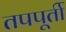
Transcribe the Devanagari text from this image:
तपपूर्ती